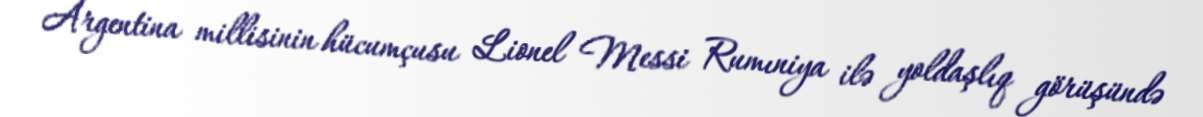
Argentina millisinin hücumçusu Lionel Messi Rumıniya ilə yoldaşlıq görüşündə